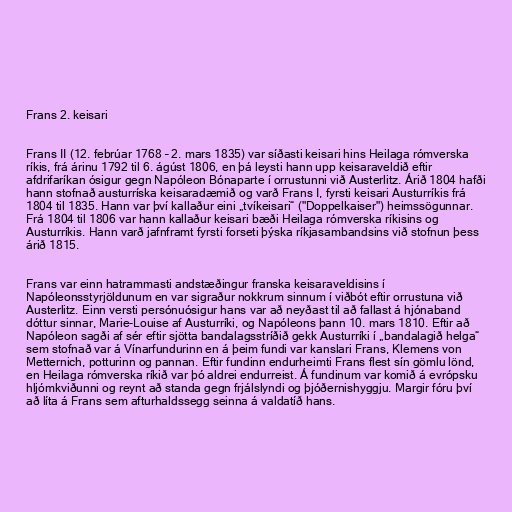
Frans 2. keisari

Frans II (12. febrúar 1768 – 2. mars 1835) var síðasti keisari hins Heilaga rómverska
ríkis, frá árinu 1792 til 6. ágúst 1806, en þá leysti hann upp keisaraveldið eftir
afdrifaríkan ósigur gegn Napóleon Bónaparte í orrustunni við Austerlitz. Árið 1804 hafði
hann stofnað austurríska keisaradæmið og varð Frans I, fyrsti keisari Austurríkis frá
1804 til 1835. Hann var því kallaður eini „tvíkeisari“ ("Doppelkaiser") heimssögunnar.
Frá 1804 til 1806 var hann kallaður keisari bæði Heilaga rómverska ríkisins og
Austurríkis. Hann varð jafnframt fyrsti forseti þýska ríkjasambandsins við stofnun þess
árið 1815.

Frans var einn hatrammasti andstæðingur franska keisaraveldisins í
Napóleonsstyrjöldunum en var sigraður nokkrum sinnum í viðbót eftir orrustuna við
Austerlitz. Einn versti persónuósigur hans var að neyðast til að fallast á hjónaband
dóttur sinnar, Marie-Louise af Austurríki, og Napóleons þann 10. mars 1810. Eftir að
Napóleon sagði af sér eftir sjötta bandalagsstríðið gekk Austurríki í „bandalagið helga“
sem stofnað var á Vínarfundurinn en á þeim fundi var kanslari Frans, Klemens von
Metternich, potturinn og pannan. Eftir fundinn endurheimti Frans flest sín gömlu lönd,
en Heilaga rómverska ríkið var þó aldrei endurreist. Á fundinum var komið á evrópsku
hljómkviðunni og reynt að standa gegn frjálslyndi og þjóðernishyggju. Margir fóru því
að líta á Frans sem afturhaldssegg seinna á valdatíð hans.